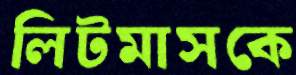
লিটমাসকে